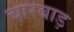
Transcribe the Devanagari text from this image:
चारबाड़